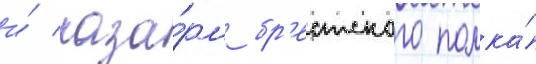
и́ каза́рм бр'естского полка́